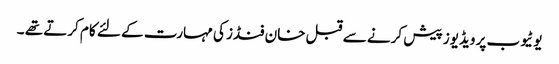
یوٹیوب پر ویڈیوز پیش کرنے سے قبل خان فنڈز کی مہارت کے لئے کام کرتے تھے ۔